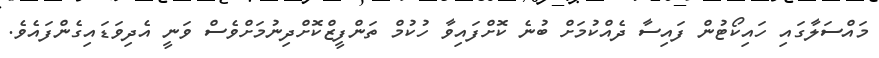
މައްސަލާގައި ހައިކޯޓުން ފައިސާ ދެއްކުމަށް ބުނެ ކޮށްފައިވާ ހުކުމް ތަންފީޒްކޮށްދިނުމަށްވެސް ވަނީ އެދިވަޑައިގެންފައެވެ.